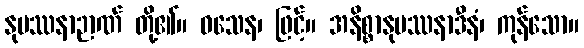
နုပဿနာဉာဏ် တို့၏။ ဝသေန၊ ဖြင့်။ အနိစ္စာနုပဿနာဒီနံ၊ ကုန်သော။